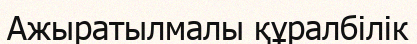
Ажыратылмалы құралбілік